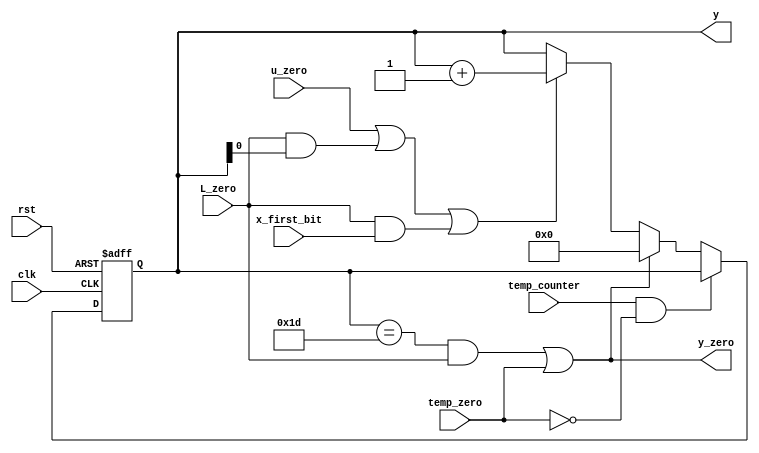
module y_count_L2(u_zero,clk,y,y_zero,rst,temp_counter,temp_zero,L_zero,x_first_bit);
input wire u_zero,rst,clk,temp_counter,temp_zero,L_zero,x_first_bit;
output wire y_zero;
output reg [4:0] y;
always @ (posedge clk or negedge rst)
	begin
		if (!rst )
			y<=0;
		else if (temp_counter&&!temp_zero);			
		else if ((y==29 && L_zero)||	temp_zero)
			y<=0;
		else if (u_zero||(L_zero&&y[0]==1)||(L_zero&&x_first_bit))
			y<=y+5'b1;
	end
assign y_zero=((y==29 && L_zero)||	temp_zero);	
endmodule